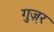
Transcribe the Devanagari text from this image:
गुज़़र